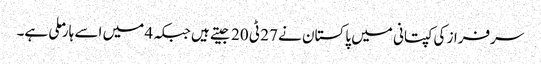
سرفراز کی کپتانی میں پاکستان نے 27 ٹی 20 جیتے ہیں جبکہ 4 میں اسے ہار ملی ہے۔